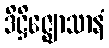
ဒိဋ္ဌိဇ္ဈောသာနံ